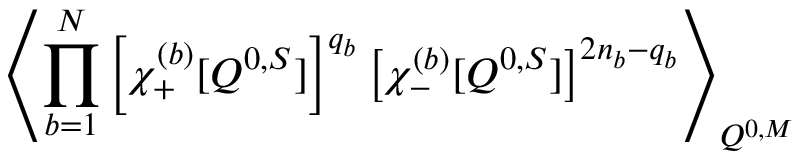
\left\langle \prod _ { b = 1 } ^ { N } \left[ \chi _ { + } ^ { ( b ) } [ Q ^ { 0 , S } ] \right] ^ { q _ { b } } \left[ \chi _ { - } ^ { ( b ) } [ Q ^ { 0 , S } ] \right] ^ { 2 n _ { b } - q _ { b } } \right\rangle _ { Q ^ { 0 , M } }